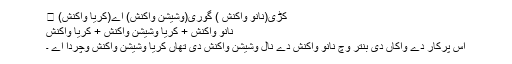
کڑی(نانوَ واکنش ) گوری(وشیشن واکنش) اے(کریا واکنش) ।
نانوَ واکنش + کریا وشیشن واکنش + کریا واکنش
اس پرکار دے واکاں دی بنتر وچ نانوَ واکنش دے نال وشیشن واکنش دی تھاں کریا وشیشن واکنش وچردا اے ۔